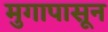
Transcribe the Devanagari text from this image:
मुगापासून